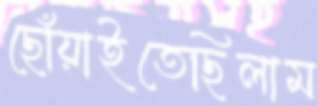
ছোঁয়াইতেছিলাম